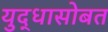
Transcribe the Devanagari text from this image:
युद्धासोबत